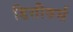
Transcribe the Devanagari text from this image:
डिसीवर्स